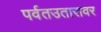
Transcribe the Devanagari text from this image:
पर्वतउतारावर